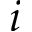
i